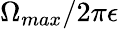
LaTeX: \Omega_{max}/2\pi\epsilon